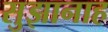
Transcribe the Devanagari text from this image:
सुझानाह